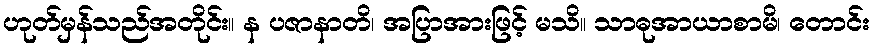
ဟုတ်မှန်သည်အတိုင်း။ န ပဇာနာတိ၊ အပြာအားဖြင့် မသိ။ သာဓုအာယာစာမိ၊ တောင်း